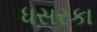
ધસરકા